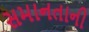
સમાનતાની